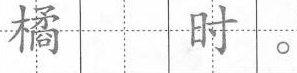
橘 时。